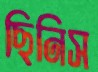
ছিনিস